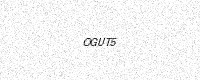
Text: OGUT5